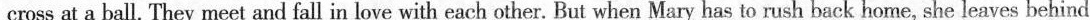
cross at a ball. They meet and fall in love with each other. But when Mary has to rush back home, she leaves behind